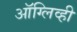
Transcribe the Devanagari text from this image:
ऑग्लिव्ही